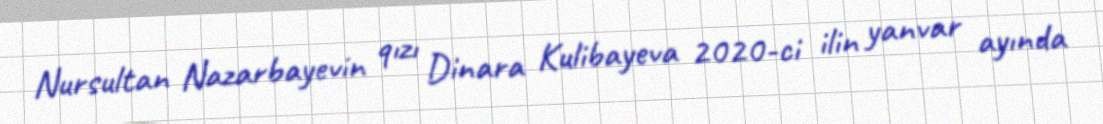
Nursultan Nazarbayevin qızı Dinara Kulibayeva 2020-ci ilin yanvar ayında